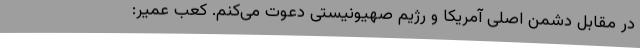
در مقابل دشمن اصلی آمریکا و رژیم صهیونیستی دعوت می‌کنم. کعب عمیر: